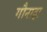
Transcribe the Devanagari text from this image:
गौनाहा